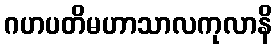
ဂဟပတိမဟာသာလကုလာနိ